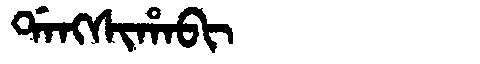
Manchu: ᡩᠠᠩᠰᡳᡥᠠᠪᡳ
Romanization: DANGSIHABI